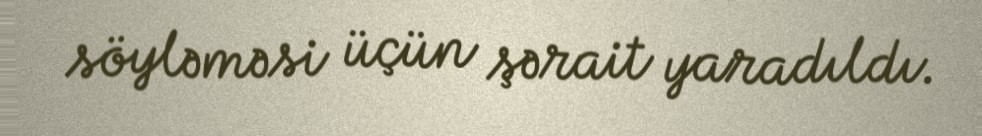
söyləməsi üçün şərait yaradıldı.